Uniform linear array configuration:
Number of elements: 48
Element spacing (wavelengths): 0.5
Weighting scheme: binomial
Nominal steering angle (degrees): -45
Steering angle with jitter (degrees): -44.612
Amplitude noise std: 0.05
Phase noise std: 0.05

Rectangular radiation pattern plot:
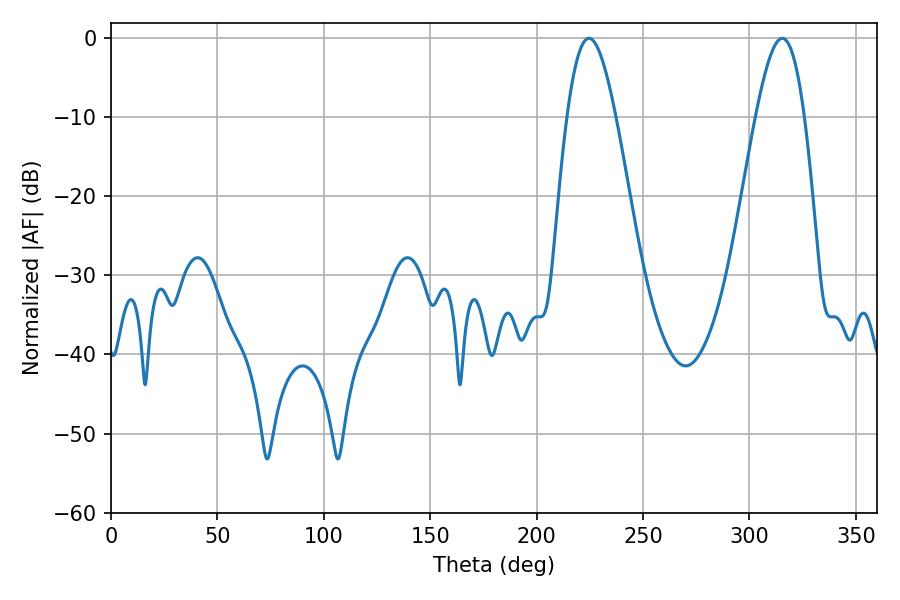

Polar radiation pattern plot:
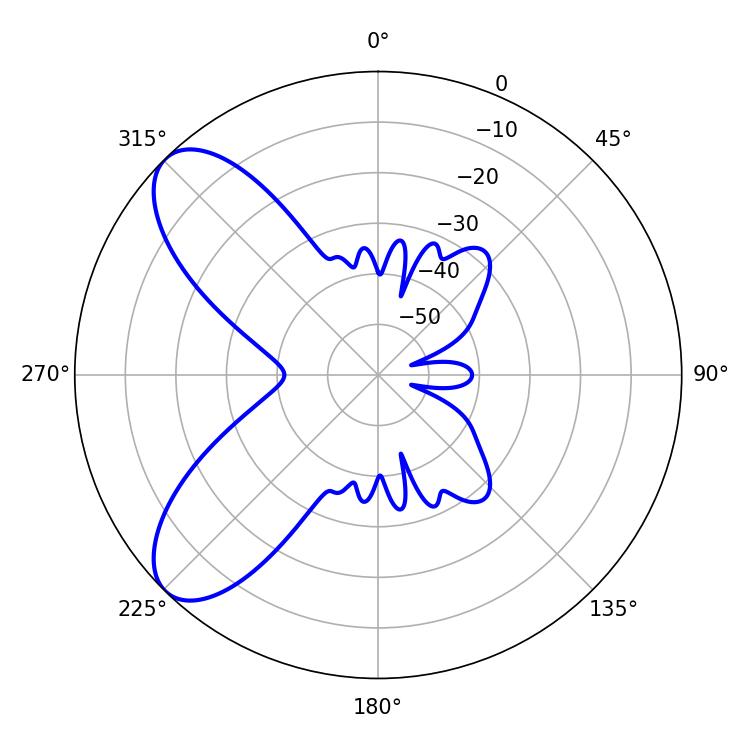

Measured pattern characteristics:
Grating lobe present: FALSE
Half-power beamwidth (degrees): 12.42
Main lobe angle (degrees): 224.64